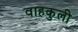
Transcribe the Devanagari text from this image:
वाहकुली